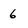
Character: 6